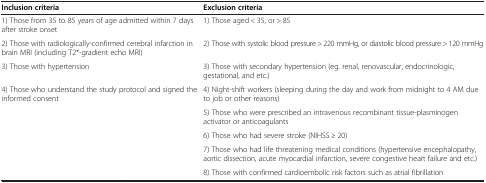
<table><thead><tr><td><b>Inclusion criteria</b></td><td><b>Exclusion criteria</b></td></tr></thead><tbody><tr><td>1) Those from 35 to 85 years of age admitted within 7 days after stroke onset</td><td>1) Those aged &lt; 35, or &gt; 85</td></tr><tr><td>2) Those with radiologically-confirmed cerebral infarction in brain MRI (including T2*-gradient echo MRI)</td><td>2) Those with systolic blood pressure &gt; 220 mmHg, or diastolic blood pressure &gt; 120 mmHg</td></tr><tr><td>3) Those with hypertension</td><td>3) Those with secondary hypertension (eg. renal, renovascular, endocrinologic, gestational, and etc.)</td></tr><tr><td rowspan="4">4) Those who understand the study protocol and signed the informed consent</td><td>4) Night-shift workers (sleeping during the day and work from midnight to 4 AM due to job or other reasons)</td></tr><tr><td>5) Those who were prescribed an intravenous recombinant tissue-plasminogen activator or anticoagulants</td></tr><tr><td>6) Those who had severe stroke (NIHSS ≥ 20)</td></tr><tr><td>7) Those who had life threatening medical conditions (hypertensive encephalopathy, aortic dissection, acute myocardial infarction, severe congestive heart failure and etc.)</td></tr><tr><td> </td><td>8) Those with confirmed cardioembolic risk factors such as atrial fibrillation</td></tr></tbody></table>